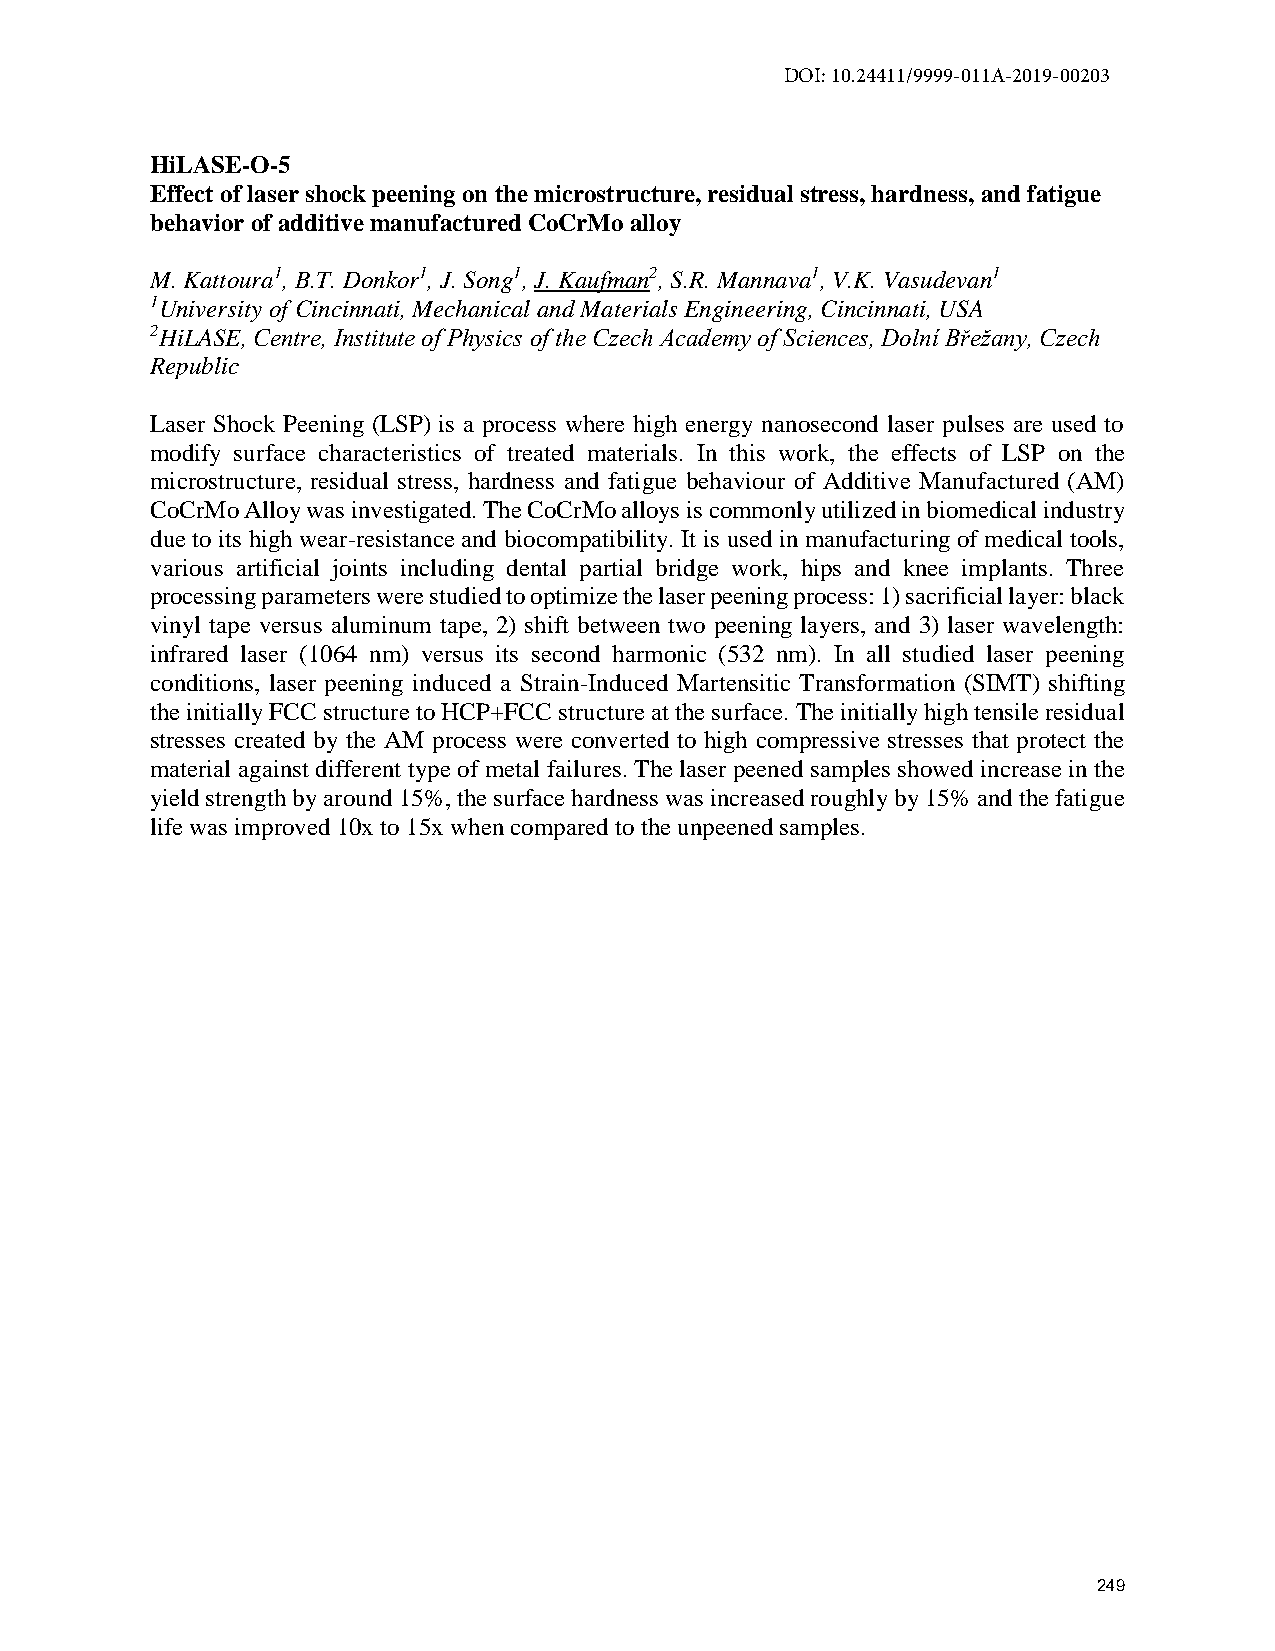
DOI: 10.24411/9999-011A-2019-00203
 HiLASE-O-5
 Effect of laser shock peening on the microstructure, residual stress, hardness, and fatigue
 behavior of additive manufactured CoCrMo alloy
 M. Kattoura1, B.T. Donkor1, J. Song1, J. Kaufman2, S.R. Mannava1, V.K. Vasudevan1
 1University of Cincinnati, Mechanical and Materials Engineering, Cincinnati, USA
 2HiLASE, Centre, Institute of Physics of the Czech Academy of Sciences, Dolní Břežany, Czech
 Republic
 Laser Shock Peening (LSP) is a process where high energy nanosecond laser pulses are used to
 modify surface characteristics of treated materials. In this work, the effects of LSP on the
 microstructure, residual stress, hardness and fatigue behaviour of Additive Manufactured (AM)
 CoCrMo Alloy was investigated. The CoCrMo alloys is commonly utilized in biomedical industry
 due to its high wear-resistance and biocompatibility. It is used in manufacturing of medical tools,
 various artificial joints including dental partial bridge work, hips and knee implants. Three
 processing parameters were studied to optimize the laser peening process: 1) sacrificial layer: black
 vinyl tape versus aluminum tape, 2) shift between two peening layers, and 3) laser wavelength:
 infrared laser (1064 nm) versus its second harmonic (532 nm). In all studied laser peening
 conditions, laser peening induced a Strain-Induced Martensitic Transformation (SIMT) shifting
 the initially FCC structure to HCP+FCC structure at the surface. The initially high tensile residual
 stresses created by the AM process were converted to high compressive stresses that protect the
 material against different type of metal failures. The laser peened samples showed increase in the
 yield strength by around 15%, the surface hardness was increased roughly by 15% and the fatigue
 life was improved 10x to 15x when compared to the unpeened samples.
 249